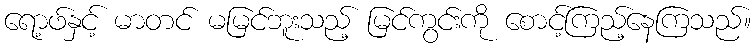
ရော့ဖ်နှင့် မာတင် မမြင်ဘူးသည့် မြင်ကွင်းကို စောင့်ကြည့်နေကြသည်။